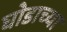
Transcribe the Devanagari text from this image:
घोडाच्या